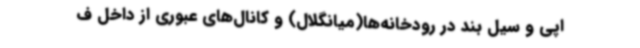
اپی و سیل بند در رودخانه‌ها(میانگلال) و کانال‌های عبوری از داخل ف